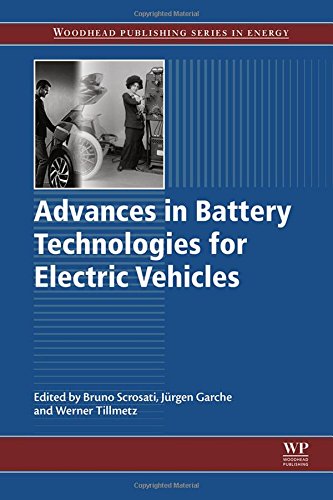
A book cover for Advances in Battery Technologies for Electric Vehicles (Woodhead Publishing Series in Energy); Engineering & Transportation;